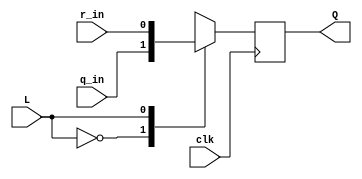
// This program was cloned from: https://github.com/viduraakalanka/HDL-Bits-Solutions
// License: The Unlicense

module top_module (
	input clk,
	input L,
	input r_in,
	input q_in,
	output reg Q);
    
    always @ (posedge clk) begin
        case (L)
            1'b0 : Q <= q_in;
            1'b1 : Q <= r_in;
        endcase    
    end

endmodule